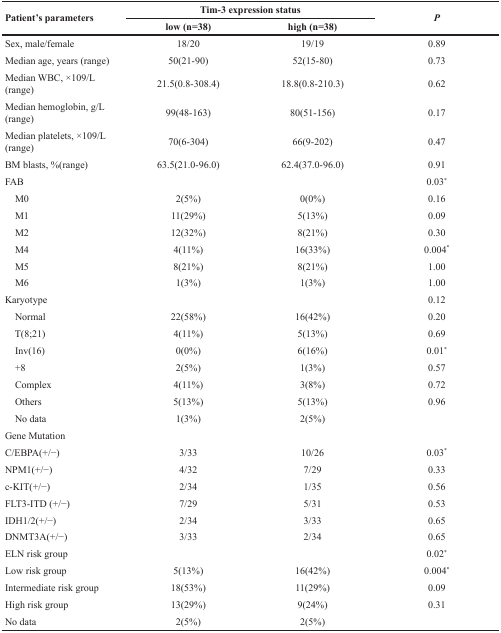
<table><thead><tr><td rowspan="2"><b>Patient's parameters</b></td><td colspan="2"><b>Tim-3 expression status</b></td><td rowspan="2"><b><i>P</i></b></td></tr><tr><td><b>low (n=38)</b></td><td><b>high (n=38)</b></td></tr></thead><tbody><tr><td>Sex, male/female</td><td>18/20</td><td>19/19</td><td>0.89</td></tr><tr><td>Median age, years (range)</td><td>50(21-90)</td><td>52(15-80)</td><td>0.73</td></tr><tr><td>Median WBC, ×109/L (range)</td><td>21.5(0.8-308.4)</td><td>18.8(0.8-210.3)</td><td>0.62</td></tr><tr><td>Median hemoglobin, g/L (range)</td><td>99(48-163)</td><td>80(51-156)</td><td>0.17</td></tr><tr><td>Median platelets, ×109/L (range)</td><td>70(6-304)</td><td>66(9-202)</td><td>0.47</td></tr><tr><td>BM blasts, %(range)</td><td>63.5(21.0-96.0)</td><td>62.4(37.0-96.0)</td><td>0.91</td></tr><tr><td>FAB</td><td>[EMPTY_CELL]</td><td>[EMPTY_CELL]</td><td>0.03<sup>*</sup></td></tr><tr><td> M0</td><td>2(5%)</td><td>0(0%)</td><td>0.16</td></tr><tr><td> M1</td><td>11(29%)</td><td>5(13%)</td><td>0.09</td></tr><tr><td> M2</td><td>12(32%)</td><td>8(21%)</td><td>0.30</td></tr><tr><td> M4</td><td>4(11%)</td><td>16(33%)</td><td>0.004<sup>*</sup></td></tr><tr><td> M5</td><td>8(21%)</td><td>8(21%)</td><td>1.00</td></tr><tr><td> M6</td><td>1(3%)</td><td>1(3%)</td><td>1.00</td></tr><tr><td>Karyotype</td><td>[EMPTY_CELL]</td><td>[EMPTY_CELL]</td><td>0.12</td></tr><tr><td> Normal</td><td>22(58%)</td><td>16(42%)</td><td>0.20</td></tr><tr><td> T(8;21)</td><td>4(11%)</td><td>5(13%)</td><td>0.69</td></tr><tr><td> Inv(16)</td><td>0(0%)</td><td>6(16%)</td><td>0.01<sup>*</sup></td></tr><tr><td> +8</td><td>2(5%)</td><td>1(3%)</td><td>0.57</td></tr><tr><td> Complex</td><td>4(11%)</td><td>3(8%)</td><td>0.72</td></tr><tr><td> Others</td><td>5(13%)</td><td>5(13%)</td><td>0.96</td></tr><tr><td> No data</td><td>1(3%)</td><td>2(5%)</td><td>[EMPTY_CELL]</td></tr><tr><td>Gene Mutation</td><td>[EMPTY_CELL]</td><td>[EMPTY_CELL]</td><td>[EMPTY_CELL]</td></tr><tr><td>C/EBPA(+/−)</td><td>3/33</td><td>10/26</td><td>0.03<sup>*</sup></td></tr><tr><td>NPM1(+/−)</td><td>4/32</td><td>7/29</td><td>0.33</td></tr><tr><td>c-KIT(+/−)</td><td>2/34</td><td>1/35</td><td>0.56</td></tr><tr><td>FLT3-ITD (+/−)</td><td>7/29</td><td>5/31</td><td>0.53</td></tr><tr><td>IDH1/2(+/−)</td><td>2/34</td><td>3/33</td><td>0.65</td></tr><tr><td>DNMT3A(+/−)</td><td>3/33</td><td>2/34</td><td>0.65</td></tr><tr><td>ELN risk group</td><td>[EMPTY_CELL]</td><td>[EMPTY_CELL]</td><td>0.02<sup>*</sup></td></tr><tr><td>Low risk group</td><td>5(13%)</td><td>16(42%)</td><td>0.004<sup>*</sup></td></tr><tr><td>Intermediate risk group</td><td>18(53%)</td><td>11(29%)</td><td>0.09</td></tr><tr><td>High risk group</td><td>13(29%)</td><td>9(24%)</td><td>0.31</td></tr><tr><td>No data</td><td>2(5%)</td><td>2(5%)</td><td>[EMPTY_CELL]</td></tr></tbody></table>